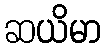
ဆယိမာ